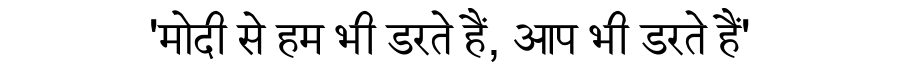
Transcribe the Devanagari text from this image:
'मोदी से हम भी डरते हैं, आप भी डरते हैं'